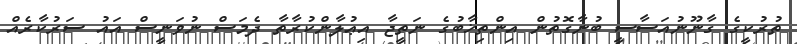
ތުރުކީގެ ގާނޫނުއަސާސީ ބުނާގޮތުން އިންތިޚާބުގެ ނަތީޖާ އިޢުލާންކުރާތާ ދެމަސް ނުވަނީސް އައު ސަރުކާރެއް